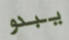
يبدو